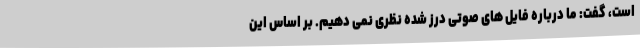
است، گفت: ما درباره فایل های صوتی درز شده نظری نمی دهیم. بر اساس این